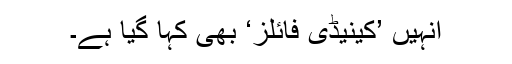
انہیں ’کینیڈی فائلز‘ بھی کہا گیا ہے۔